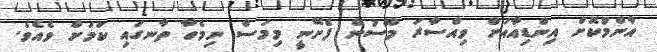
އާންމުކޮށް އިންޑިއާއަށް ވިއްސާރަ މޫސުން ފެށޭނީ މިމަސް ނިމެހާ ތާނގައި ކަމަށް ވެއެވެ.